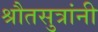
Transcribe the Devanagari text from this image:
श्रौतसुत्रांनी